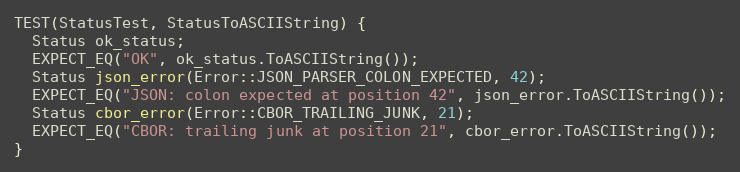
Language: C++
TEST(StatusTest, StatusToASCIIString) {
  Status ok_status;
  EXPECT_EQ("OK", ok_status.ToASCIIString());
  Status json_error(Error::JSON_PARSER_COLON_EXPECTED, 42);
  EXPECT_EQ("JSON: colon expected at position 42", json_error.ToASCIIString());
  Status cbor_error(Error::CBOR_TRAILING_JUNK, 21);
  EXPECT_EQ("CBOR: trailing junk at position 21", cbor_error.ToASCIIString());
}